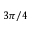
3 \pi / 4